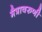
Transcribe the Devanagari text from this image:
मैत्रावरुणी